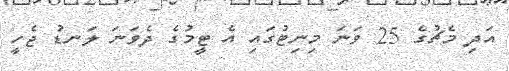
އަދި މެޗުގެ 25 ވަނަ މިނިޓުގައި އެ ޓީމުގެ ދެވަނަ ލަނޑު ޖެހީ